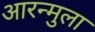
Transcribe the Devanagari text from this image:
आरन्मुला